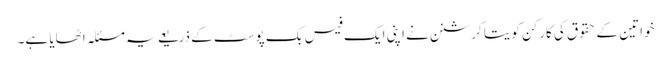
خواتین کے حقوق کی کارکن کویتا کرشنن نے اپنی ایک فیس بک پوسٹ کے ذریعے یہ مسئلہ اٹھایا ہے۔